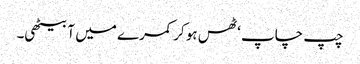
چپ چاپ ‘ ٹھس ہو کر کمرے میں آ بیٹھی۔